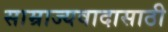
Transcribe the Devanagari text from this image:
साम्राज्यवादासाठी